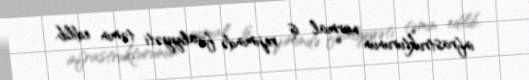
infrastrukturunun normal iş rejimində fəaliyyəti təmin edilib.